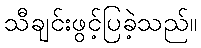
သီချင်းဖွင့်ပြခဲ့သည်။